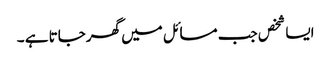
ایسا شخص جب مسائل میں گھرجاتا ہے ۔